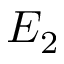
E _ { 2 }